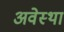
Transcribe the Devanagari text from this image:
अवेस्था